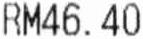
RM46.40